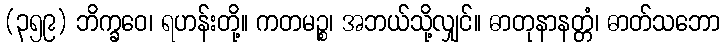
(၃၅၉) ဘိက္ခဝေ၊ ရဟန်းတို့။ ကတမဉ္စ၊ အဘယ်သို့လျှင်။ ဓာတုနာနတ္တံ၊ ဓာတ်သဘော